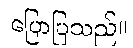
ပြောပြသည်။